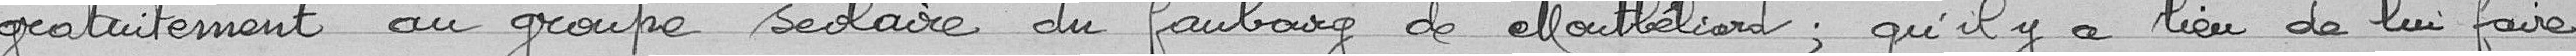
gratuitement au groupe scolaire du faubourg de Montbéliard ; qu'il y a lieu de lui faire